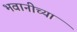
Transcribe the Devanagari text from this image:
भवानीच्या